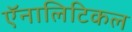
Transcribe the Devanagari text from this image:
ऍनालिटिकल